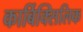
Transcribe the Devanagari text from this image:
कार्बिक्सिलिक